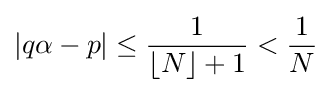
\left|q\alpha -p\right|\leq {\frac {1}{\lfloor N\rfloor +1}}<{\frac {1}{N}}